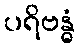
ပရိဗန္ဓံ